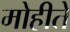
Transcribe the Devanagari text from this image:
मोहीते